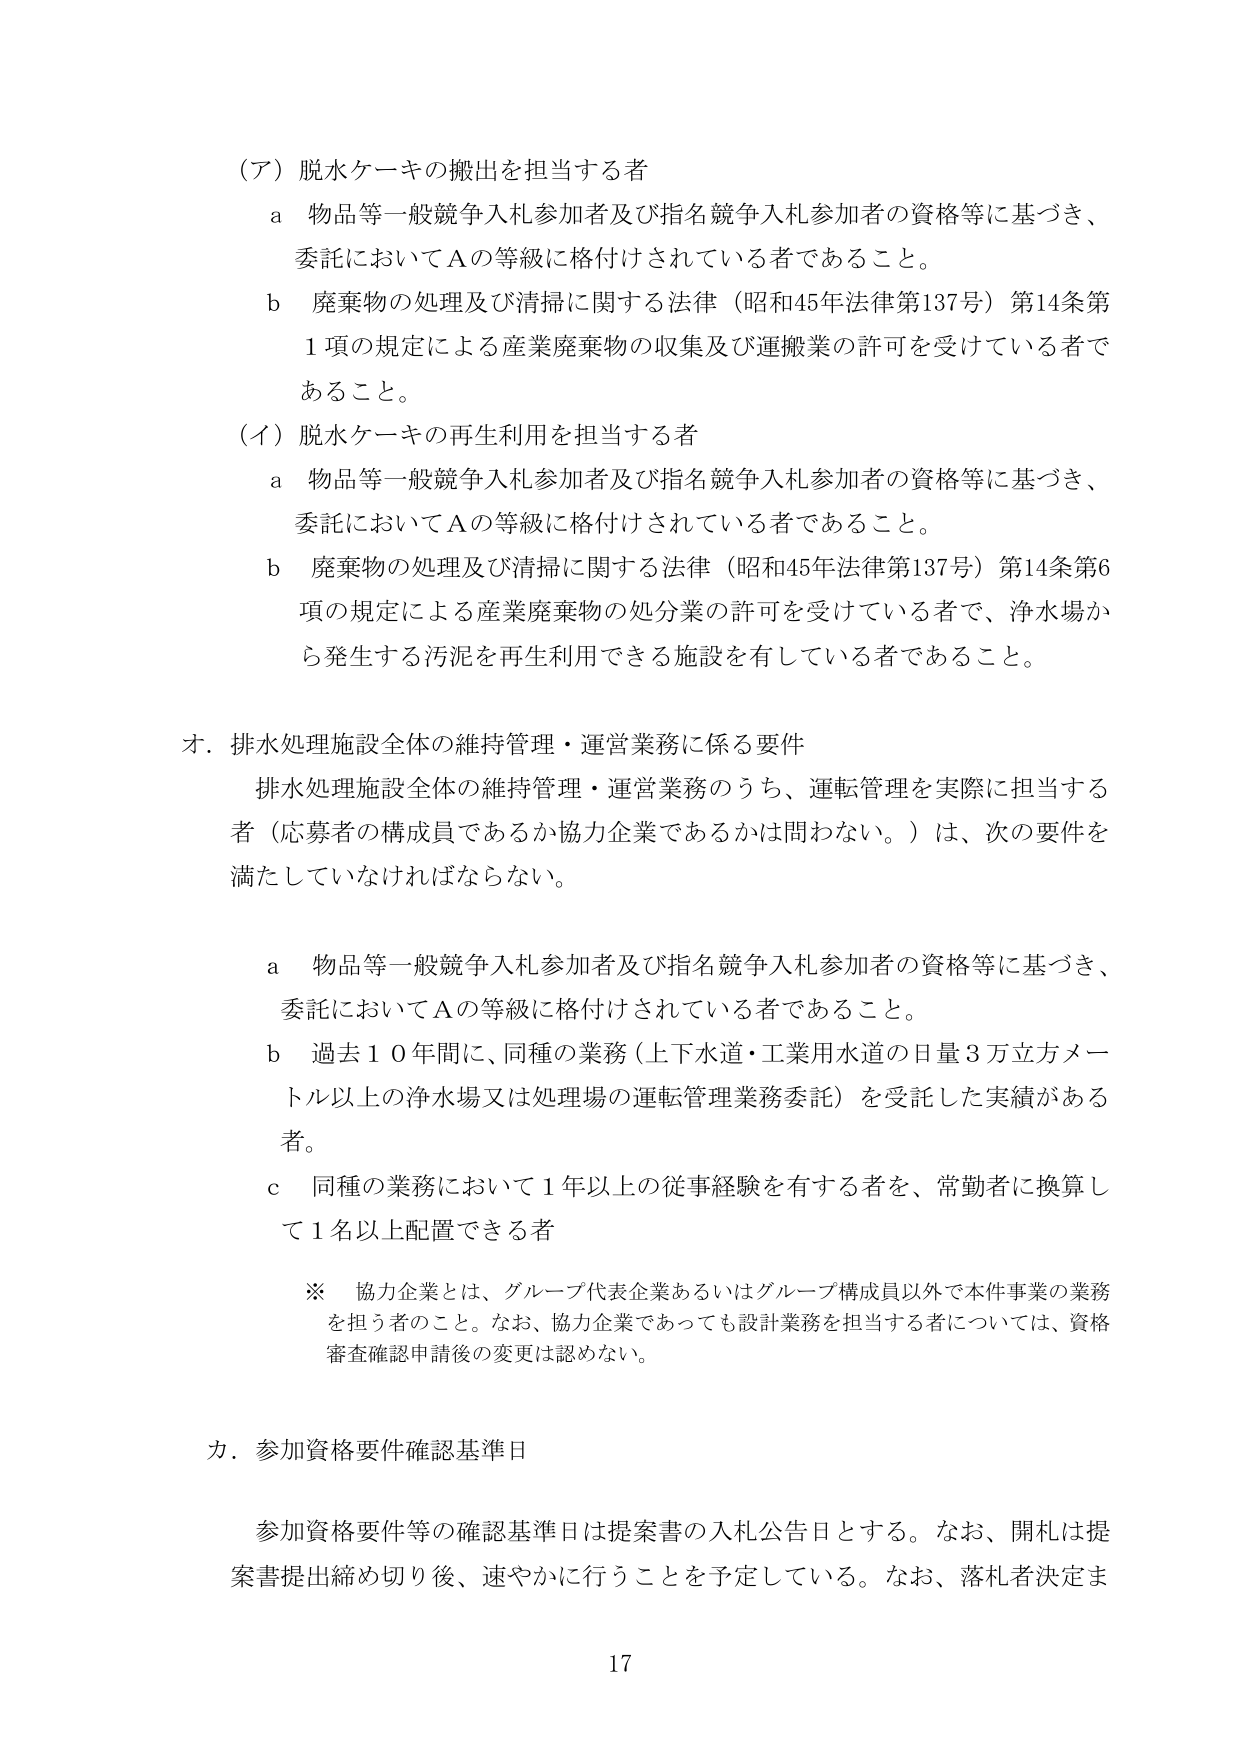
（ア）脱水ケーキの搬出を担当する者
　ａ　物品等一般競争入札参加者及び指名競争入札参加者の資格等に基づき、
　　　委託においてＡの等級に格付けされている者であること。
　ｂ　廃棄物の処理及び清掃に関する法律（昭和45年法律第137号）第14条第
　　　1項の規定による産業廃棄物の収集及び運搬業の許可を受けている者で
　　　あること。

（イ）脱水ケーキの再生利用を担当する者
　ａ　物品等一般競争入札参加者及び指名競争入札参加者の資格等に基づき、
　　　委託においてＡの等級に格付けされている者であること。
　ｂ　廃棄物の処理及び清掃に関する法律（昭和45年法律第137号）第14条第6
　　　項の規定による産業廃棄物の処分業の許可を受けている者で、浄水場か
　　　ら発生する汚泥を再生利用できる施設を有している者であること。

オ．排水処理施設全体の維持管理・運営業務に係る要件
　排水処理施設全体の維持管理・運営業務のうち、運転管理を実際に担当する
　者（応募者の構成員であるか協力企業であるかは問わない。）は、次の要件を
　満たしていなければならない。

　ａ　物品等一般競争入札参加者及び指名競争入札参加者の資格等に基づき、
　　　委託においてＡの等級に格付けされている者であること。
　ｂ　過去１０年間に、同種の業務（上下水道・工業用水道の日量３万立方メー
　　　トル以上の浄水場又は処理場の運転管理業務委託）を受託した実績がある
　　　者。
　ｃ　同種の業務において１年以上の従事経験を有する者を、常勤者に換算し
　　　て１名以上配置できる者

　※　協力企業とは、グループ代表企業あるいはグループ構成員以外で本件事業の業務
　　　を担う者のこと。なお、協力企業であっても設計業務を担当する者については、資格
　　　審査確認申請後の変更は認めない。

カ．参加資格要件確認基準日
　参加資格要件等の確認基準日は提案書の入札公告日とする。なお、開札は提
　案書提出締め切り後、速やかに行うことを予定している。なお、落札者決定ま

17